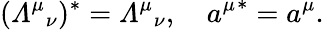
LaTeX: ({{\mit\Lambda}^{\mu}}_{\nu})^{*}={{\mit\Lambda}^{\mu}}_{\nu},\quad{a^{\mu}}^{*}=a^{\mu}.